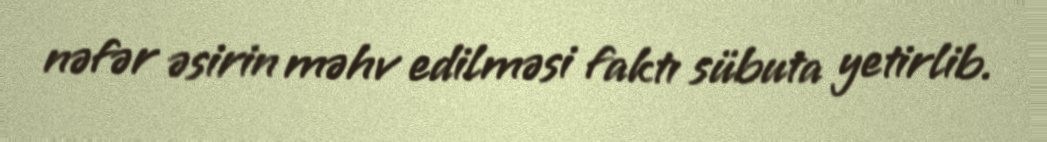
nəfər əsirin məhv edilməsi faktı sübuta yetirlib.